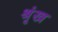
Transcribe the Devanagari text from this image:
श्रृंख